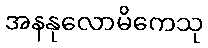
အနနုလောမိကေသု